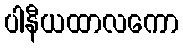
ပါနီယထာလကော